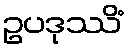
ဥပဒုဿိံ